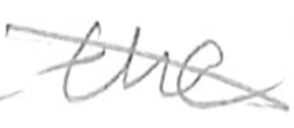
Text: the
Cross-out: mix
Writing tool: pencil